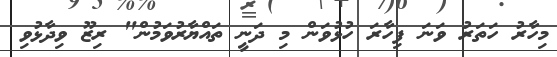
މިހާރު ހަތަރު ވަނަ ފިހާރަ ހުޅުވަން މި ދަނީ ތައްޔާރުވަމުން" ރިޒޫ ވިދާޅުވި